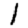
Digit: 1